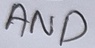
Text: AND